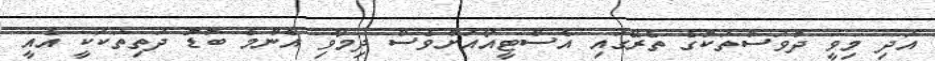
އަދި މިވީ ދުވަސްތަކުގެ ތެރޭގައި އެސްޓީއޯއަށްވެސް ދިމާވި އެންމެ ބޮޑު ދަތިތަކަކީ އެއީ